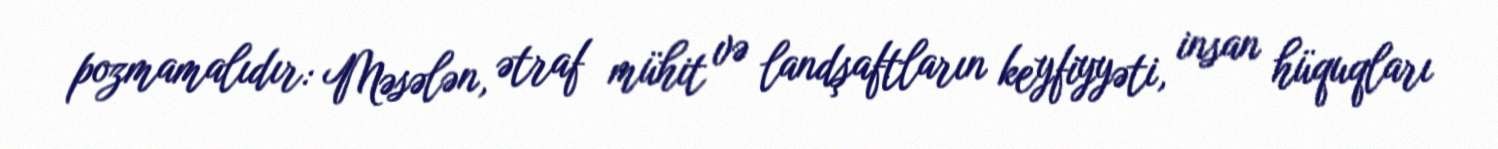
pozmamalıdır: Məsələn, ətraf mühit və landşaftların keyfiyyəti, insan hüquqları